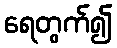
ရေတွက်၍